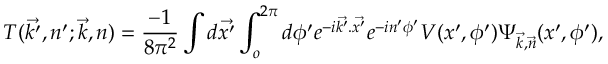
T ( \vec { k ^ { \prime } } , n ^ { \prime } ; \vec { k } , n ) = \frac { - 1 } { 8 \pi ^ { 2 } } \int d \vec { x ^ { \prime } } \int _ { o } ^ { 2 \pi } d \phi ^ { \prime } e ^ { - i \vec { k ^ { \prime } } . \vec { x ^ { \prime } } } e ^ { - i n ^ { \prime } \phi ^ { \prime } } V ( x ^ { \prime } , \phi ^ { \prime } ) \Psi _ { \vec { k } , \vec { n } } ( x ^ { \prime } , \phi ^ { \prime } ) ,